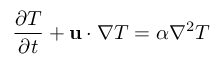
\frac { \partial T } { \partial t } + \mathbf { u } \cdot \nabla T = \alpha \nabla ^ { 2 } T